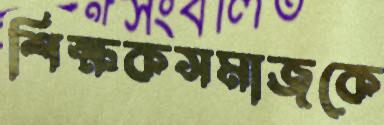
শিক্ষকসমাজকে